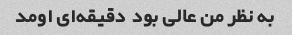
به نظر من عالی بود  دقیقه‌ای اومد